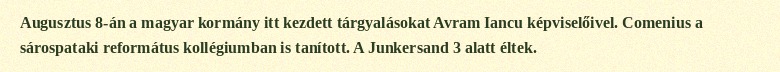
Augusztus 8-án a magyar kormány itt kezdett tárgyalásokat Avram Iancu képviselőivel. Comenius a sárospataki református kollégiumban is tanított. A Junkersand 3 alatt éltek.